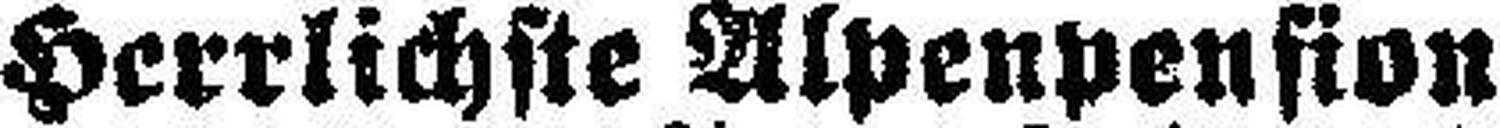
Herrlichste Alpenpension